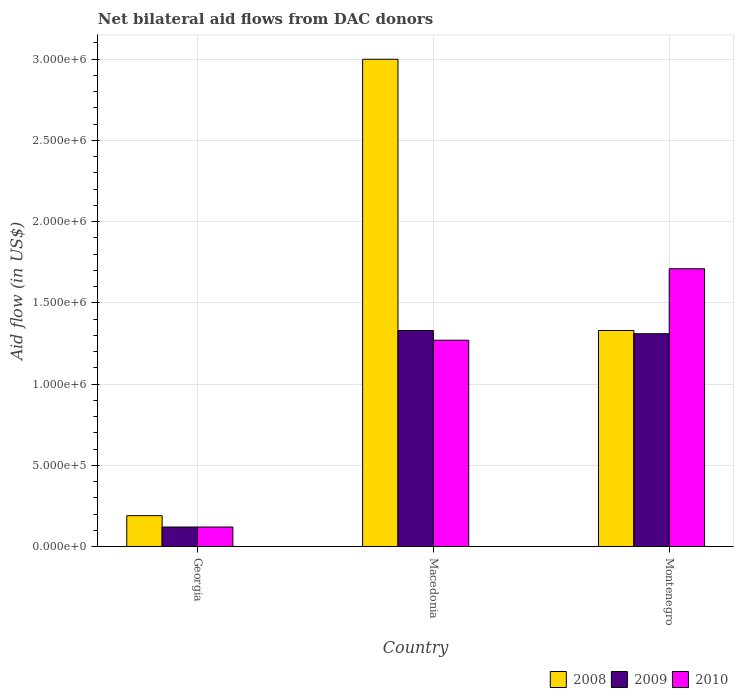
| Country | 2008 | 2009 | 2010 |
 | --- | --- | --- | --- |
 | Georgia | 1.9e+05 | 1.2e+05 | 1.2e+05 |
 | Macedonia | 3e+06 | 1.33e+06 | 1.27e+06 |
 | Montenegro | 1.33e+06 | 1.31e+06 | 1.71e+06 |